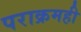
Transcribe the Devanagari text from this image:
पराक्रमही